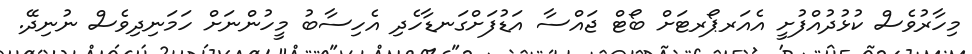
މިހާރުވެސް ކުޅުދުއްފުށީ އެއަރޕޯރޓަށް ބޯޓް ޖައްސާ އަޑުފަށްގަނޑާހެދި އެހިސާބު މީހުންނަށް ހަމަނިދިވެސް ނުނިދޭ.